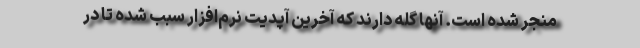
منجر شده است. آنها گله دارند که آخرین آپدیت نرم‌افزار سبب شده تا در